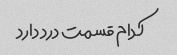
کدام قسمت درد دارد